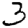
Digit: 3